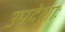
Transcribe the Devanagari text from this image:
उपदेशाः